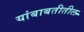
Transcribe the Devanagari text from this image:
यांबाबतीतील